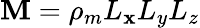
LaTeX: \mathbf{M}=\rho_{m}L_{\mathbf{x}}L_{y}L_{z}